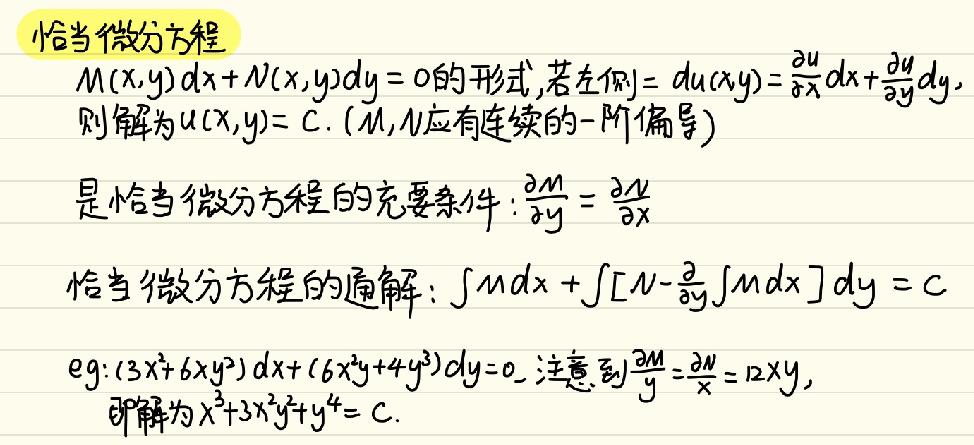
 恰当微分方程
- 形如 \(M(x,y)dx + N(x,y)dy = 0\) 的形式，若左边 \(= du(x,y)=\frac{\partial u}{\partial x}dx+\frac{\partial u}{\partial y}dy\)，则解为 \(u(x,y)=C\) . (\(M,N\) 应有连续的一阶偏导)
- 是恰当微分方程的充要条件：\(\frac{\partial M}{\partial y}=\frac{\partial N}{\partial x}\)
- 恰当微分方程的通解：\(\int Mdx+\int\left[N - \frac{\partial}{\partial y}\int Mdx\right]dy = C\)
- 例如：\((3x^{2}+6xy^{2})dx+(6x^{2}y + 4y^{3})dy = 0\)，注意到 \(\frac{\partial M}{\partial y}=\frac{\partial N}{\partial x}=12xy\)，其解为 \(x^{3}+3x^{2}y^{2}+y^{4}=C\)